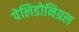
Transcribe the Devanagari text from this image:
पेलिडोनिग्रल